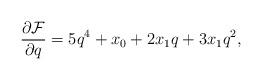
LaTeX: \begin{align*}\frac{\partial \mathcal{F}}{\partial q}=5q^4+x_0+2x_1q+3x_1q^2,\end{align*}